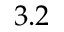
3 . 2